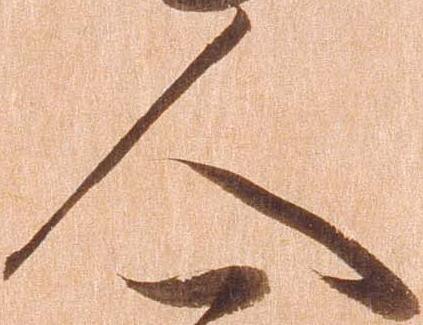
人